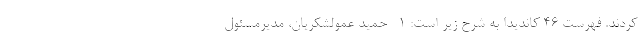
کردند. فهرست 46 کاندیدا به شرح زیر است: ۱- حمید عمولشکریان، مدیرمسئول